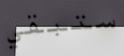
ستبقي